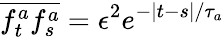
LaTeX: \overline{{f_{t}^{a}f_{s}^{a}}}=\epsilon^{2}e^{-|t-s|/\tau_{a}}